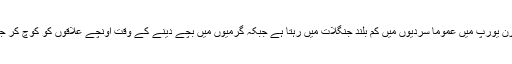
سرخ ہرن یورپ میں عموماً سردیوں میں کم بلند جنگلات میں رہتا ہے جبکہ گرمیوں میں بچے دینے کے وقت اونچے علاقوں کو کوچ کر جاتا ہے۔